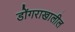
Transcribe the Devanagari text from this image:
डोंगराखालील